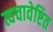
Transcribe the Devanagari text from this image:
त्वचावेष्टित